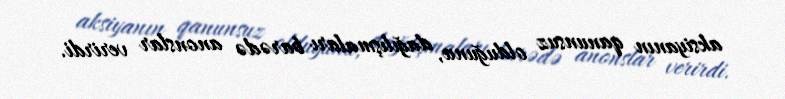
aksiyanın qanunsuz olduğunu, dağılışmaları barədə anonslar verirdi.